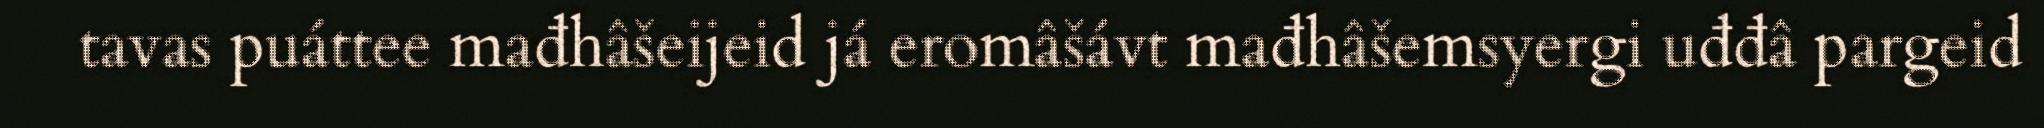
tavas puáttee mađhâšeijeid já eromâšávt mađhâšemsyergi uđđâ pargeid